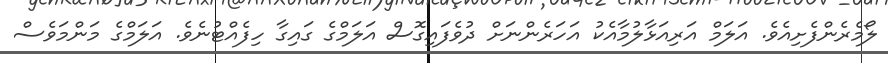
ލޯމެރެންފެށިއެވެ. އަލަމް އަރިއަޅާލުމާއެކު އަހަރެންނަށް ދުވެފައިގޮސް އަލަމްގެ ގައިގާ ހިފެއްޓުނެވެ. އަލަމްގެ މަންމަވެސް